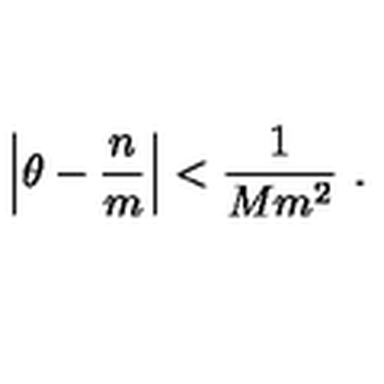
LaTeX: \left| \theta - \frac { n } { m } \right| < \frac { 1 } { M m ^ { 2 } } \ .